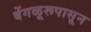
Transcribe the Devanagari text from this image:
बेंगळूरूपासून